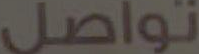
تواصل